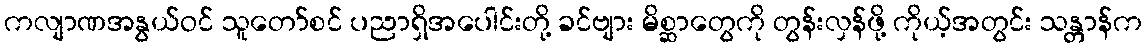
ကလျာဏအနွယ်ဝင် သူတော်စင် ပညာရှိအပေါင်းတို့ ခင်ဗျား မိစ္ဆာတွေကို တွန်းလှန်ဖို့ ကိုယ့်အတွင်း သန္တာန်က